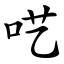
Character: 呓